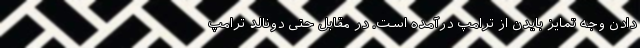
دادن وجه تمایز بایدن از ترامپ درآمده است. در مقابل حتی دونالد ترامپ